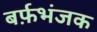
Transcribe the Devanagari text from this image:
बर्फ़भंजक